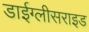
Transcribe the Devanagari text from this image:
डाईग्लीसराइड